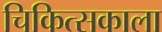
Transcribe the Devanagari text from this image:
चिकित्सकाला